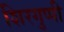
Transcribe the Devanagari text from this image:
शिरगुप्पी